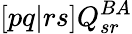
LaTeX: [pq|rs]Q_{sr}^{BA}